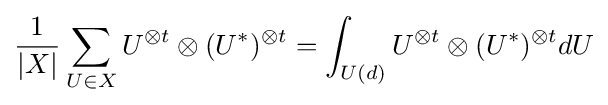
{\frac {1}{|X|}}\sum _{U\in X}U^{\otimes t}\otimes (U^{*})^{\otimes t}=\int _{U(d)}U^{\otimes t}\otimes (U^{*})^{\otimes t}dU